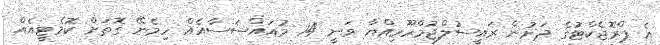
އެ ޕްރޮޖެކްޓުގެ ދަށުން ރައީސުލްޖުމްހޫރިއްޔާ ވަނީ 14 މުއައްސަސާއެއް ހިމެނޭ ގޮތަށް ކޮމެޓީއެއް